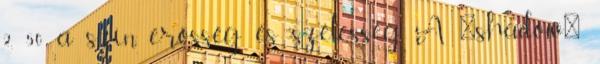
2, 50 a szín, erősség és szélesség. A 'shadow'